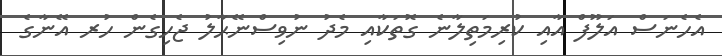
އެހެނަސް އަލޫފް އާއި ކުރިމަތިލާނެ ގޮތަކާއި މެދު ނުވިސްނޭޙާލު ޖެހިގެން ހުރ އޭނާގެ